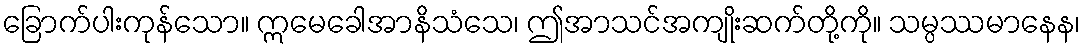
ခြောက်ပါးကုန်သော။ ဣမေခေါအာနိသံသေ၊ ဤအာသင်အကျိုးဆက်တို့ကို။ သမ္ပဿမာနေန၊